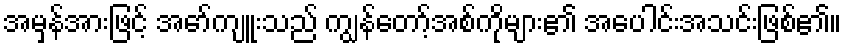
အမှန်အားဖြင့် အော်ကျူးသည် ကျွန်တော့်အစ်ကိုများ၏ အပေါင်းအသင်းဖြစ်၏။